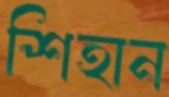
শিহান